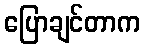
ပြောချင်တာက